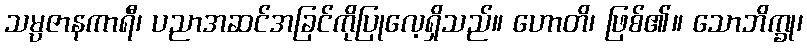
သမ္ပဇာနကာရီ၊ ပညာအဆင်အခြင်ကိုပြုလေ့ရှိသည်။ ဟောတိ၊ ဖြစ်၏။ သောဘိက္ခု၊